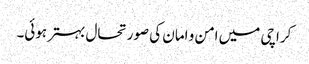
کراچی میں امن و امان کی صورتحال بہتر ہوئی۔